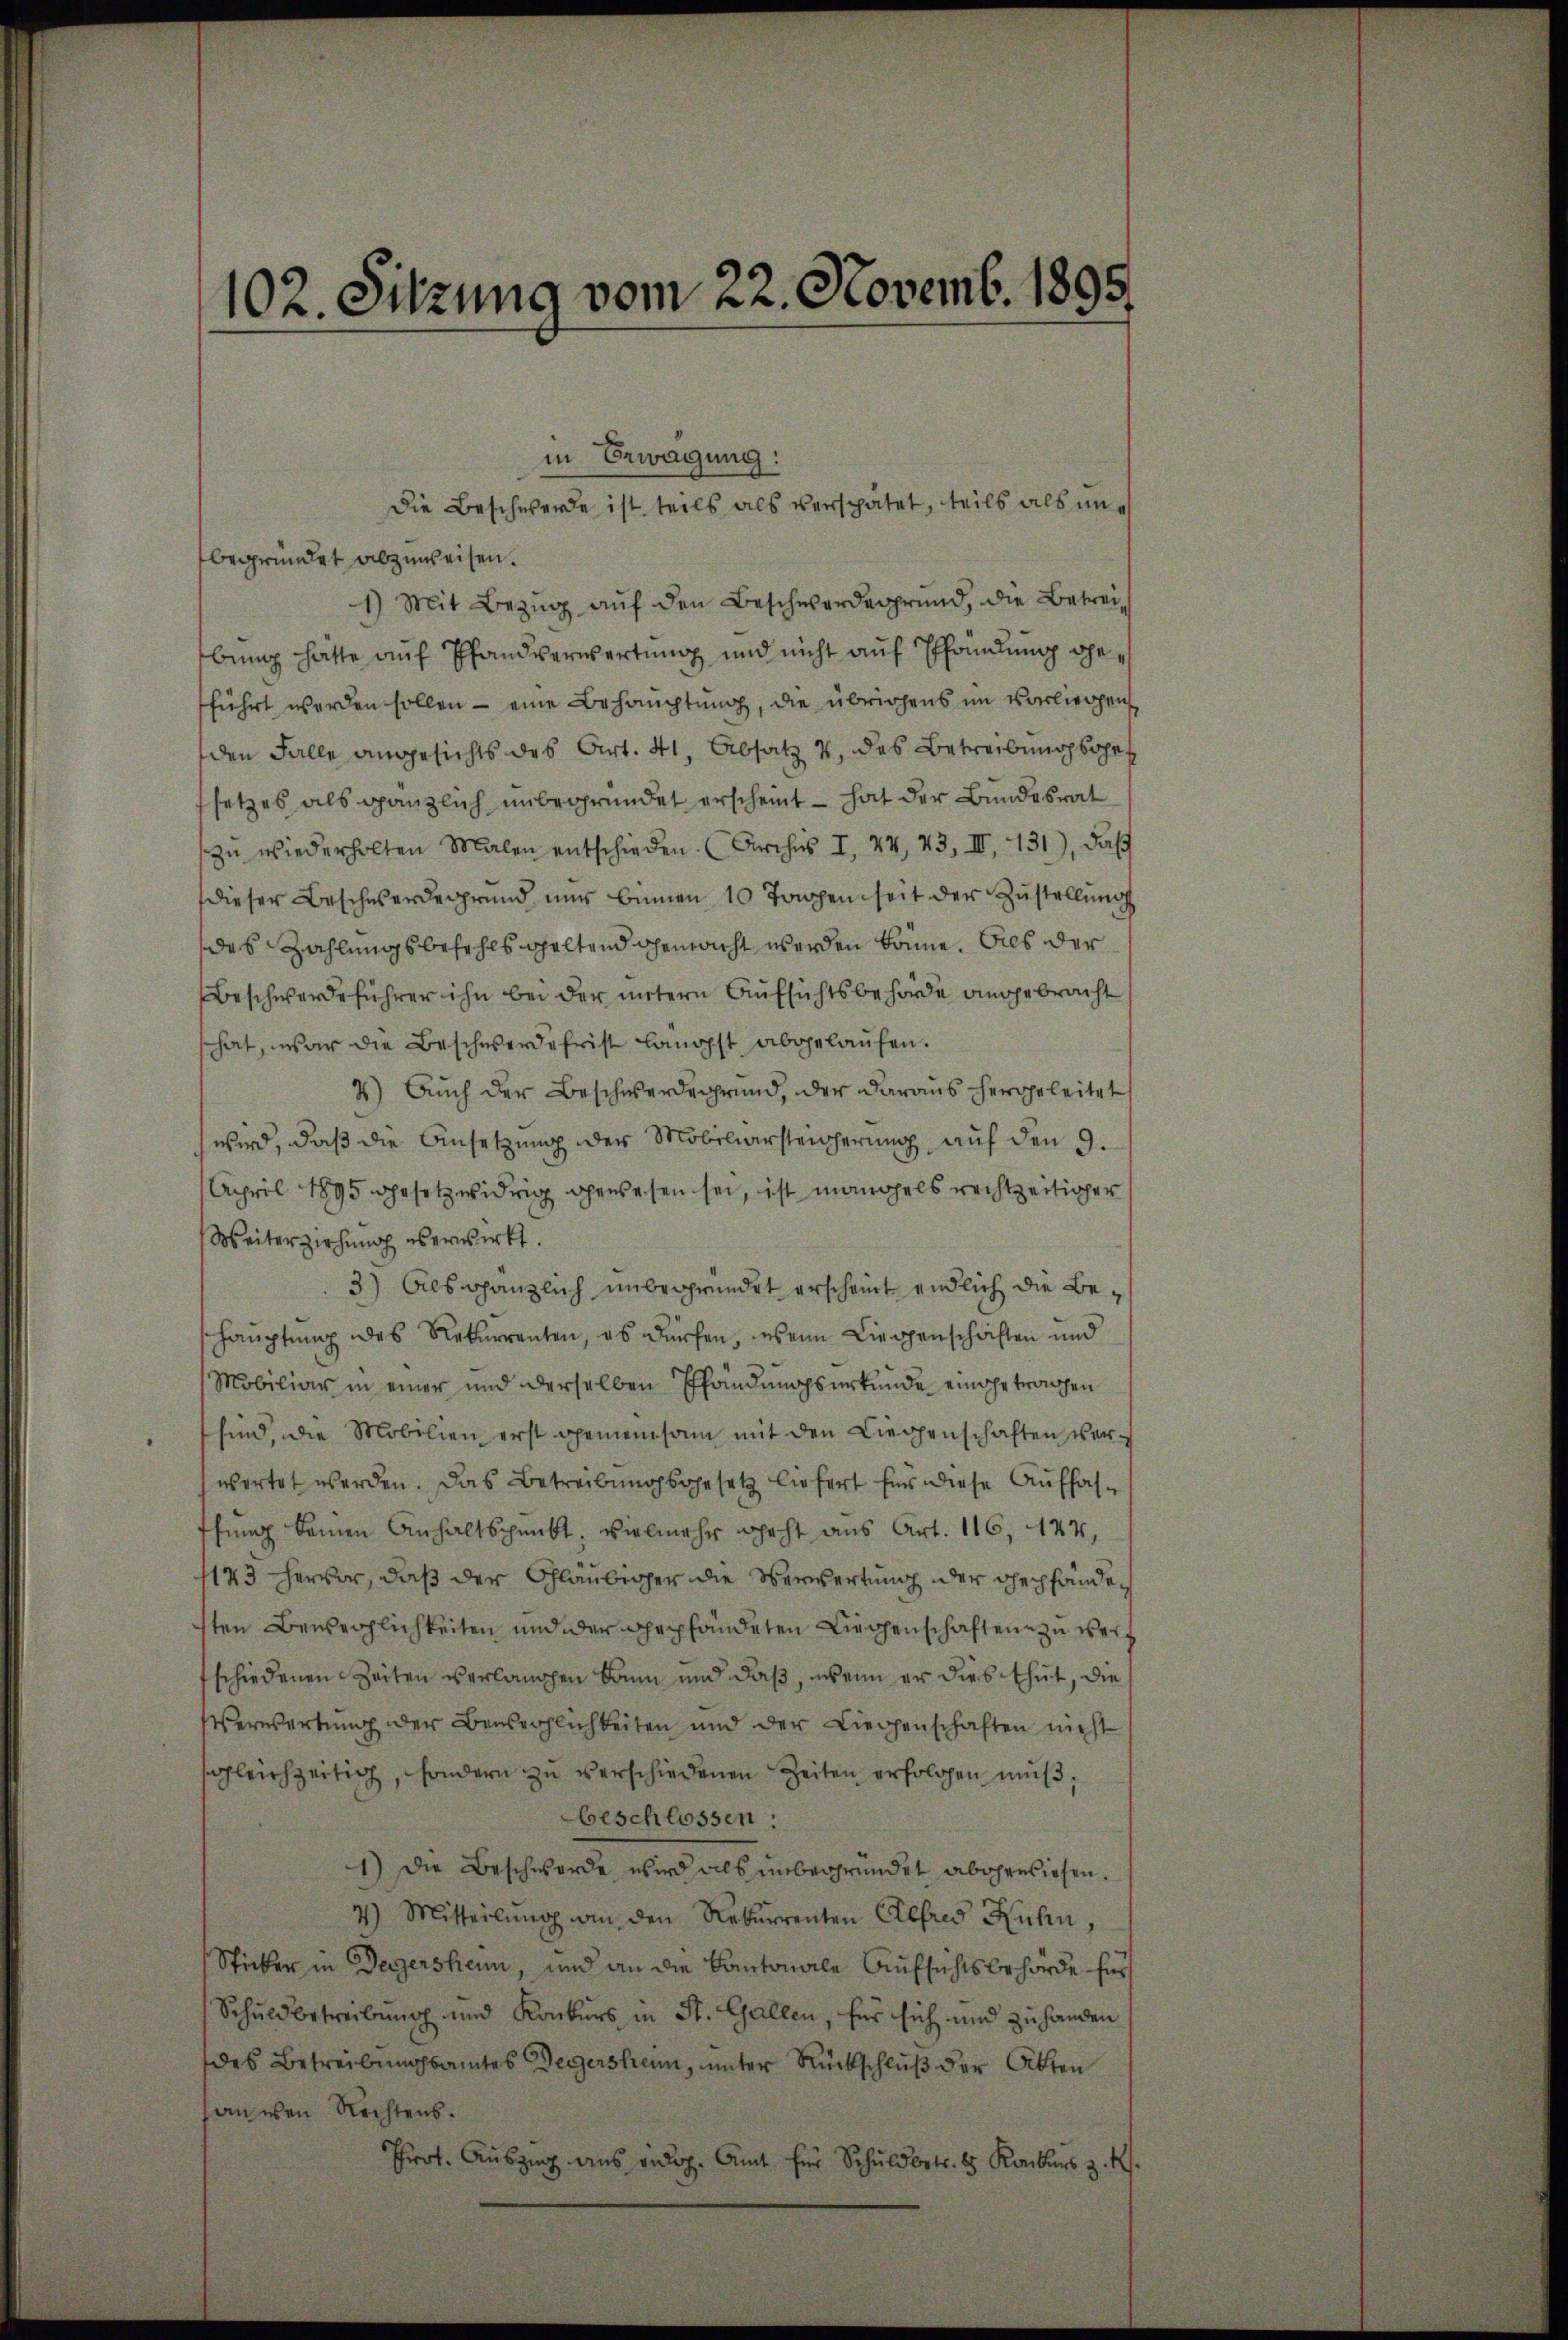
102. Sitzung vom 22. Novemb. 1895

in Erwägung:
begründet abzuweisen.
1) Mit Bezŭg aŭf den Beschwerdeggrund, die Betrei-
bung hätte auf Pfandverwartung und nicht auf Pfändung beführt werden sollen - eine Behauptung, die übrigens im vorliegens
den Falle angesichts des Art. 41, Absatz v. des Betreibung soge
setzes als gänzlich unbegründet erscheint – hat der Bundesrat
zŭ wiederholten Malen entschieden. (Kirches I. 44, 43, III 131), daß
dieser Beschwerdegrund nur binnen 10 Tagen seit der Zustellung
das Zahlungsbefehls haltend gemacht werden könne. Dies der
Beschwerdeführer ihn bei der untern Aufsichtsbehörde angebracht
hat, war die Beschwerde frist langst abgelaŭfen.
4) Auch der Beschwerdegrund, der daraus hergeleitet
wird, daß die Ansetzung der Mobiliarsteigerung auf den 9.
April 1895 gesetzwidrig gewesen sei, ist mangels rechtzeitiger
Weiterziehung es erwirkt.
3) Als gänzlich unbegründet erscheint endlich die Behauptung des Rekurrenten, es dürfen, wenn Liegenschaften und
Mobiliar in einer und derselben Pfändungsurkunde eingetrangen
sind, die Mobilien erst gemeinsam mit den Liegenschaften ver
wortet werden. Das Betreibungsgesetz liefert für diese Auffasthung keinen Anhaltspunkt, vielmehr geht aus Art. 116, 144,
1143 hervor, daß der Schläubiger die Verwertung der gepfänden
sten Beweglichkeiten und der gepfändeten Liegenschaften zu werschiedenen Zeiten verlangen kaum und daß, wenn er dies thut, die
Verwartung der Beweglichkeiten und der Liegenschaften nicht
sgleichzeitig, sondern zu verschiedenen Zeiten erfolgen muß,
beschlossen:
1) Die Beschwerde wird als unbegründet abgewiesen.
4) Mitteilŭng an den Rekurrenten Alfred Kuhn,
Sticker in Degersheim, und an die Kantonale Aufsichtsbehörde für
Schuldbetreibung und Konkurs in St. Gallen, für sich und zu handen
des Betreibungsamtes Wegershenn, unter Rückschluß der Akten
handen Rechtens.
Prot. Auszug aus eidg. Amt für Schuldbetr. d. Konkurs z. R.

Die Beschwerde ist teils als verspätet, teils als un¬